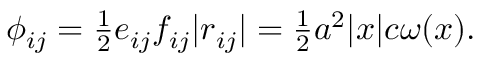
\begin{array} { r } { \phi _ { i j } = \frac 1 2 e _ { i j } f _ { i j } | r _ { i j } | = \frac 1 2 a ^ { 2 } | x | c \omega ( x ) . } \end{array}